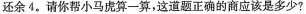
还余4。请你帮小马虎算一算，这道题正确的商应该是多少?